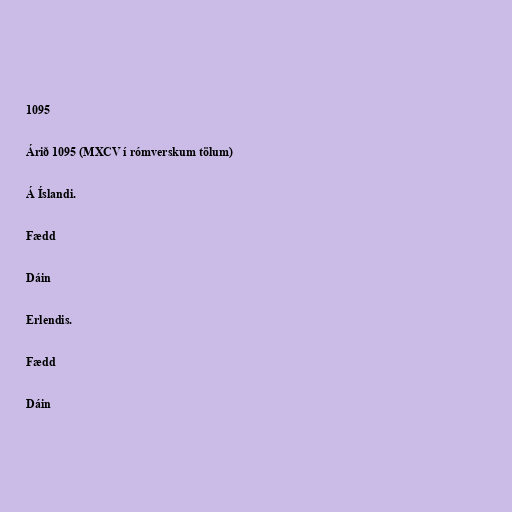
1095

Árið 1095 (MXCV í rómverskum tölum)

Á Íslandi.

Fædd

Dáin

Erlendis.

Fædd

Dáin